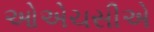
ઓએચસીએ